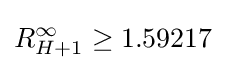
R_{H+1}^{\infty }\geq 1.59217